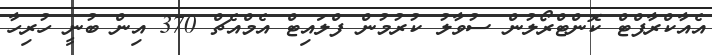
އެއާކްރާފްޓް ކޮންޓްރޯލުން ސުވާލު ކުރުމުން ފްލައިޓް އެމްއެޗް 370 އިން ބުނީ ހުރިހާ